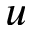
u